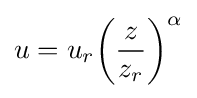
u=u_{r}{\bigg (}{\frac {z}{z_{r}}}{\bigg )}^{\alpha }